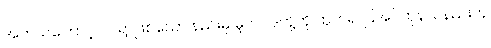
အဘယ်ကြောင့် ဝင်ရာဖြစ်သော နည်းမှ မူလပဒတို့ကို ထုတ်၍ ပြအပ်ကုန်သနည်းဟု